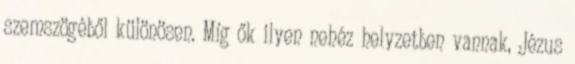
szemszögéből különösen. Míg ők ilyen nehéz helyzetben vannak, Jézus